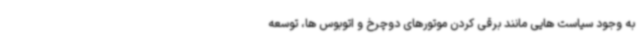
به وجود سیاست هایی مانند برقی کردن موتورهای دوچرخ و اتوبوس ها، توسعه